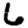
Digit: 6